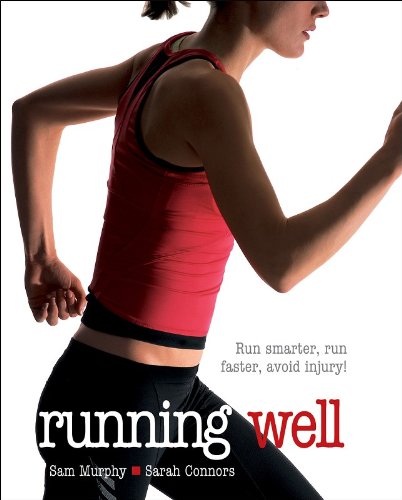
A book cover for Running Well; Sam Murphy; Sports & Outdoors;